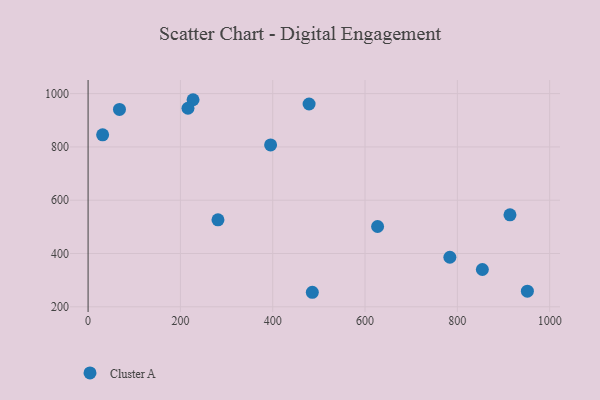
{"axis": {"x": "Price", "y": "Demand"}, "legend": ["Cluster A"], "data": [{"x": "68.0", "y": 940.8, "type": "Cluster A"}, {"x": "281.4", "y": 526.3, "type": "Cluster A"}, {"x": "854.2", "y": 340.0, "type": "Cluster A"}, {"x": "627.2", "y": 501.3, "type": "Cluster A"}, {"x": "951.7", "y": 258.5, "type": "Cluster A"}, {"x": "395.4", "y": 807.4, "type": "Cluster A"}, {"x": "485.8", "y": 254.5, "type": "Cluster A"}, {"x": "478.8", "y": 961.0, "type": "Cluster A"}, {"x": "227.4", "y": 977.1, "type": "Cluster A"}, {"x": "914.0", "y": 545.2, "type": "Cluster A"}, {"x": "216.4", "y": 945.1, "type": "Cluster A"}, {"x": "783.8", "y": 385.9, "type": "Cluster A"}, {"x": "31.5", "y": 845.5, "type": "Cluster A"}]}